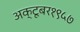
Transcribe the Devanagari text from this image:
अक्टूबर१९५७